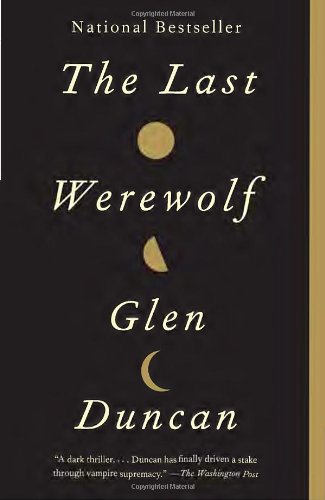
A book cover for The Last Werewolf; Glen Duncan; Literature & Fiction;